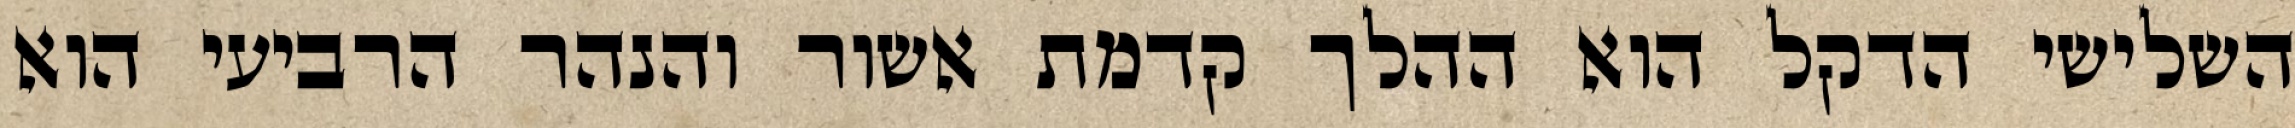
השלישי הדקל הוא ההלך קדמת אשור והנהר הרביעי הוא